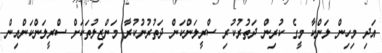
އަދި މިހިން ލަންކާ މީގެ ކުރިން ދަތުރުކުރި ސްރީލަންކަން ދަތުރުނުކުރާ މަންޒިލުތަކަށް ސްރީލަންކަންއިން